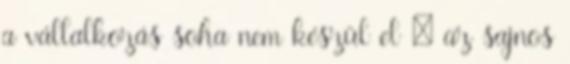
a vállalkozás soha nem készül el – az sajnos